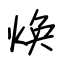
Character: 焕